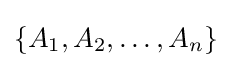
\{A_{1},A_{2},\dots ,A_{n}\}